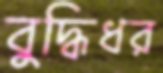
বুদ্ধিধর